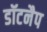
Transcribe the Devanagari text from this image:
डॉटनैप